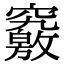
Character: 𥨶